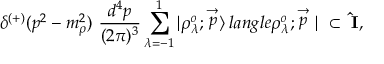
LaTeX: \delta ^ { ( + ) } ( p ^ { 2 } - m _ { \rho } ^ { 2 } ) \ \frac { d ^ { 4 } p } { ( 2 \pi ) ^ { 3 } } \sum _ { \lambda = - 1 } ^ { 1 } | \rho _ { \lambda } ^ { o } ; \stackrel { \rightarrow } { p } \rangle \, l a n g l e \rho _ { \lambda } ^ { o } ; \stackrel { \rightarrow } { p } | \ \subset \ { \bf \hat { I } } ,